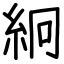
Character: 絅